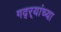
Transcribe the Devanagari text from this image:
गद्र्‍यांच्या